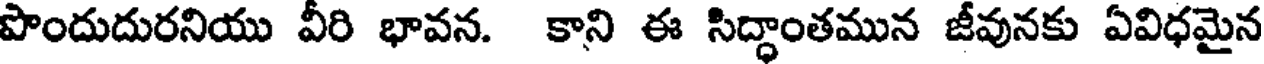
పొందుదురనియు వీరి భావన. కాని ఈ సిద్ధాంతమున జీవునకు ఏవిధమైన